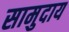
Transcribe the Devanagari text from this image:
सामुदाय